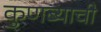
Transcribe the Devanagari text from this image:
कुणब्याची